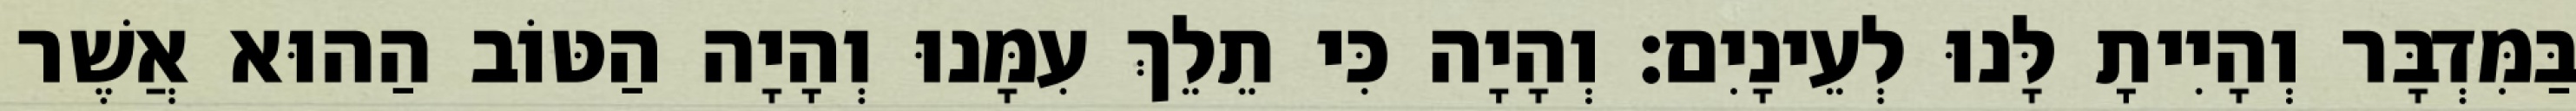
בַּמִּדְבָּר וְהָיִיתָ לָּנוּ לְעֵינָיִם׃ וְהָיָה כִּי תֵלֵךְ עִמָּנוּ וְהָיָה הַטּוֹב הַהוּא אֲשֶׁר